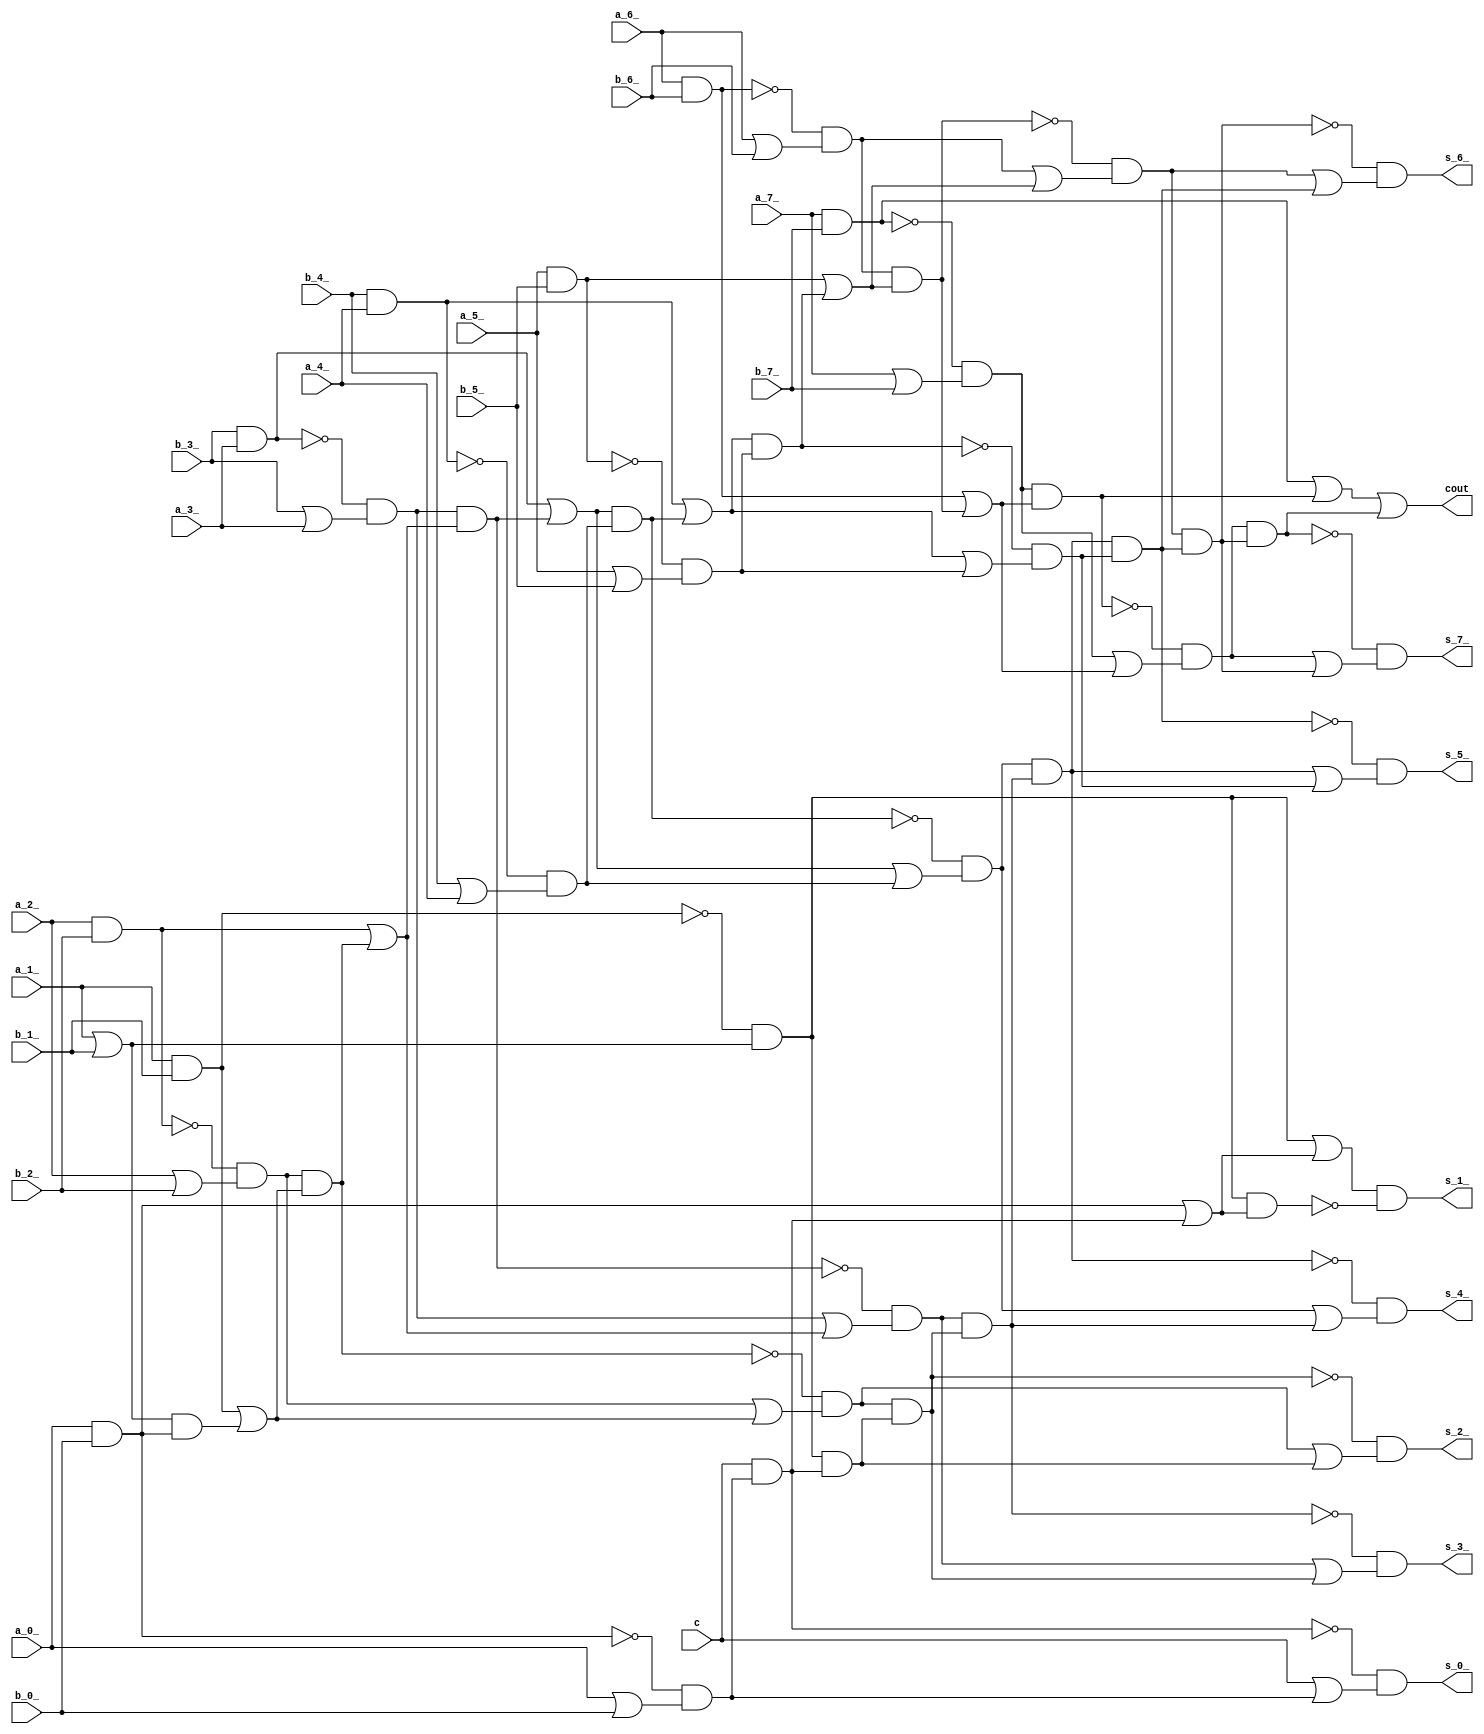
module top( b_4_ , a_6_ , a_7_ , a_1_ , a_0_ , a_2_ , c , b_7_ , a_5_ , b_3_ , b_2_ , b_1_ , b_6_ , a_3_ , b_5_ , a_4_ , b_0_ , cout , s_6_ , s_3_ , s_4_ , s_5_ , s_0_ , s_2_ , s_7_ , s_1_ );
  input b_4_ , a_6_ , a_7_ , a_1_ , a_0_ , a_2_ , c , b_7_ , a_5_ , b_3_ , b_2_ , b_1_ , b_6_ , a_3_ , b_5_ , a_4_ , b_0_ ;
  output cout , s_6_ , s_3_ , s_4_ , s_5_ , s_0_ , s_2_ , s_7_ , s_1_ ;
  wire n18 , n19 , n20 , n21 , n22 , n23 , n24 , n25 , n26 , n27 , n28 , n29 , n30 , n31 , n32 , n33 , n34 , n35 , n36 , n37 , n38 , n39 , n40 , n41 , n42 , n43 , n44 , n45 , n46 , n47 , n48 , n49 , n50 , n51 , n52 , n53 , n54 , n55 , n56 , n57 , n58 , n59 , n60 , n61 , n62 , n63 , n64 , n65 , n66 , n67 , n68 , n69 , n70 , n71 , n72 , n73 , n74 , n75 , n76 , n77 , n78 , n79 , n80 , n81 , n82 , n83 , n84 , n85 , n86 , n87 , n88 , n89 , n90 , n91 , n92 , n93 , n94 ;
  assign n18 = a_7_ & b_7_ ;
  assign n19 = a_7_ | b_7_ ;
  assign n20 = ~n18 & n19 ;
  assign n21 = a_6_ & b_6_ ;
  assign n22 = a_6_ | b_6_ ;
  assign n23 = ~n21 & n22 ;
  assign n24 = a_5_ & b_5_ ;
  assign n25 = b_4_ & a_4_ ;
  assign n26 = b_3_ & a_3_ ;
  assign n27 = b_3_ | a_3_ ;
  assign n28 = ~n26 & n27 ;
  assign n29 = a_2_ & b_2_ ;
  assign n30 = a_2_ | b_2_ ;
  assign n31 = ~n29 & n30 ;
  assign n32 = a_1_ & b_1_ ;
  assign n33 = a_1_ | b_1_ ;
  assign n34 = a_0_ & b_0_ ;
  assign n35 = n33 & n34 ;
  assign n36 = n32 | n35 ;
  assign n37 = n31 & n36 ;
  assign n38 = n29 | n37 ;
  assign n39 = n28 & n38 ;
  assign n40 = n26 | n39 ;
  assign n41 = b_4_ | a_4_ ;
  assign n42 = ~n25 & n41 ;
  assign n43 = n40 & n42 ;
  assign n44 = n25 | n43 ;
  assign n45 = a_5_ | b_5_ ;
  assign n46 = ~n24 & n45 ;
  assign n47 = n44 & n46 ;
  assign n48 = n24 | n47 ;
  assign n49 = n23 & n48 ;
  assign n50 = n21 | n49 ;
  assign n51 = n20 & n50 ;
  assign n52 = n18 | n51 ;
  assign n53 = n20 | n50 ;
  assign n54 = ~n51 & n53 ;
  assign n55 = n23 | n48 ;
  assign n56 = ~n49 & n55 ;
  assign n57 = n40 | n42 ;
  assign n58 = ~n43 & n57 ;
  assign n59 = n28 | n38 ;
  assign n60 = ~n39 & n59 ;
  assign n61 = n31 | n36 ;
  assign n62 = ~n37 & n61 ;
  assign n63 = ~n32 & n33 ;
  assign n64 = a_0_ | b_0_ ;
  assign n65 = ~n34 & n64 ;
  assign n66 = c & n65 ;
  assign n67 = n63 & n66 ;
  assign n68 = n62 & n67 ;
  assign n69 = n60 & n68 ;
  assign n70 = n58 & n69 ;
  assign n71 = n44 | n46 ;
  assign n72 = ~n47 & n71 ;
  assign n73 = n70 & n72 ;
  assign n74 = n56 & n73 ;
  assign n75 = n54 & n74 ;
  assign n76 = n52 | n75 ;
  assign n77 = n56 | n73 ;
  assign n78 = ~n74 & n77 ;
  assign n79 = n60 | n68 ;
  assign n80 = ~n69 & n79 ;
  assign n81 = n58 | n69 ;
  assign n82 = ~n70 & n81 ;
  assign n83 = n70 | n72 ;
  assign n84 = ~n73 & n83 ;
  assign n85 = c | n65 ;
  assign n86 = ~n66 & n85 ;
  assign n87 = n62 | n67 ;
  assign n88 = ~n68 & n87 ;
  assign n89 = n54 | n74 ;
  assign n90 = ~n75 & n89 ;
  assign n91 = n34 | n66 ;
  assign n92 = n63 | n91 ;
  assign n93 = n63 & n91 ;
  assign n94 = n92 & ~n93 ;
  assign cout = n76 ;
  assign s_6_ = n78 ;
  assign s_3_ = n80 ;
  assign s_4_ = n82 ;
  assign s_5_ = n84 ;
  assign s_0_ = n86 ;
  assign s_2_ = n88 ;
  assign s_7_ = n90 ;
  assign s_1_ = n94 ;
endmodule